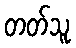
တတ်သူ